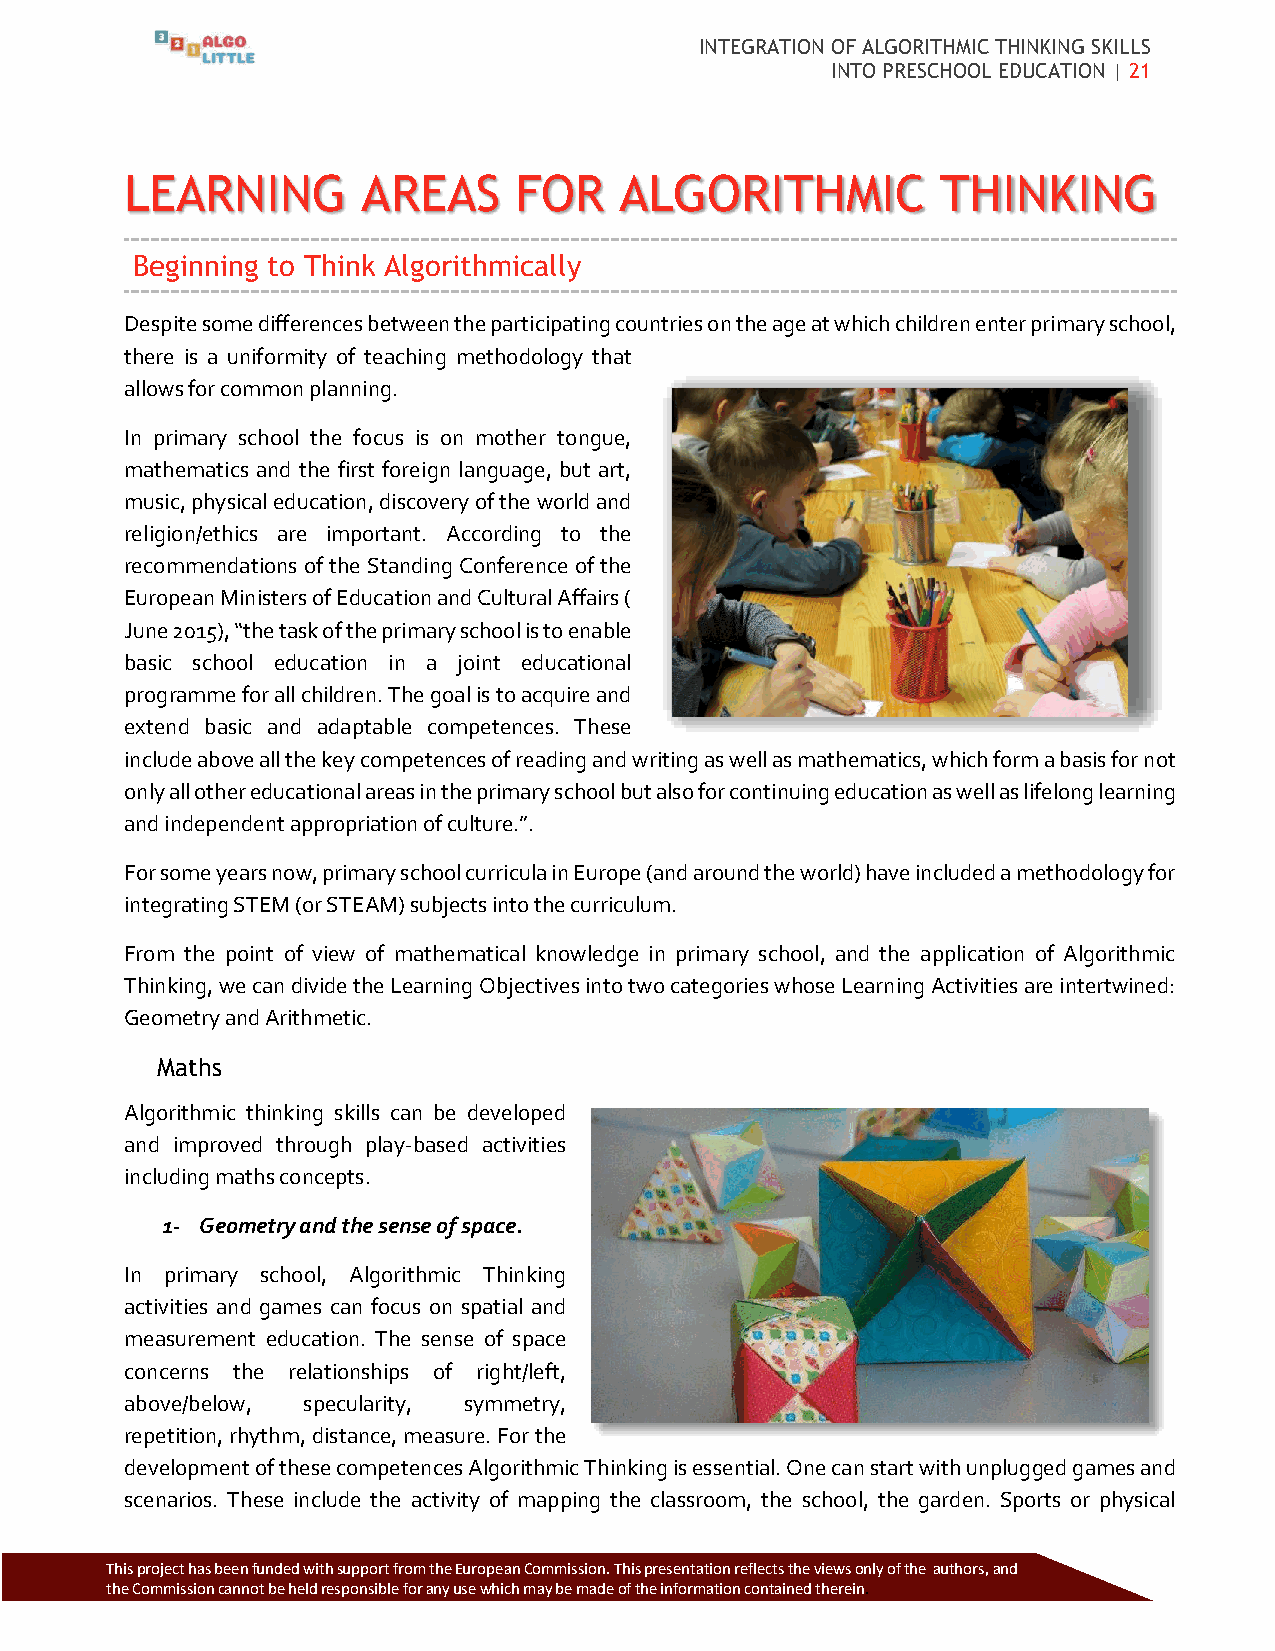
INTEGRATION OF ALGORITHMIC THINKING SKILLS
 INTO PRESCHOOL EDUCATION | 21
 LEARNING        AREAS     FOR    ALGORITHMIC          THINKING
 Beginning to Think Algorithmically
 Despite some differences between the participating countries on the age at which children enter primary school,
 there is a uniformity of teaching methodology that
 allows for common planning.
 In primary school the focus is on mother tongue,
 mathematics and the first foreign language, but art,
 music, physical education, discovery of the world and
 religion/ethics are important. According to the
 recommendations of the Standing Conference of the
 European Ministers of Education and Cultural Affairs (
 June 2015), “the task of the primary school is to enable
 basic school education in a joint educational
 programme for all children. The goal is to acquire and
 extend basic and adaptable competences. These
 include above all the key competences of reading and writing as well as mathematics, which form a basis for not
 only all other educational areas in the primary school but also for continuing education as well as lifelong learning
 and independent appropriation of culture.”.
 For some years now, primary school curricula in Europe (and around the world) have included a methodology for
 integrating STEM (or STEAM) subjects into the curriculum.
 From the point of view of mathematical knowledge in primary school, and the application of Algorithmic
 Thinking, we can divide the Learning Objectives into two categories whose Learning Activities are intertwined:
 Geometry and Arithmetic.
 Maths
 Algorithmic thinking skills can be developed
 and improved through play-based activities
 including maths concepts.
 1- Geometry and the sense of space.
 In primary school, Algorithmic Thinking
 activities and games can focus on spatial and
 measurement education. The sense of space
 concerns the relationships of right/left,
 above/below, specularity, symmetry,
 repetition, rhythm, distance, measure. For the
 development of these competences Algorithmic Thinking is essential. One can start with unplugged games and
 scenarios. These include the activity of mapping the classroom, the school, the garden. Sports or physical
 Thi s project has been funded with support from the European Commission. This p resentation reflects the views only of the authors, and
 the Commission cannot be held responsible for any use which may be made of the information contained therein.